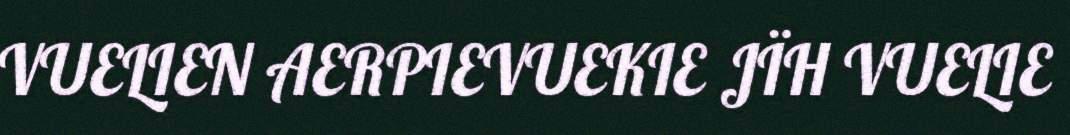
VUELIEN AERPIEVUEKIE JÏH VUELIE